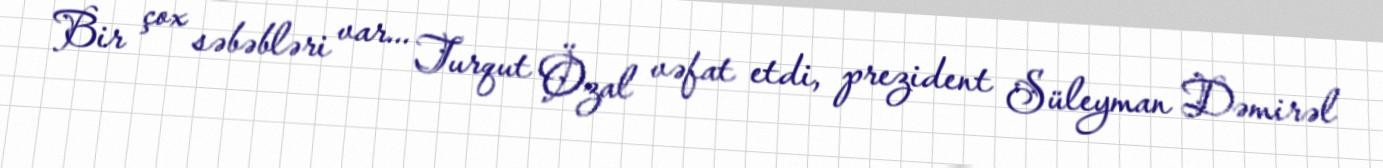
Bir çox səbəbləri var... Turqut Özal vəfat etdi, prezident Süleyman Dəmirəl